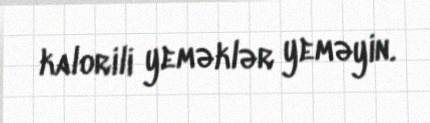
kalorili yeməklər yeməyin.